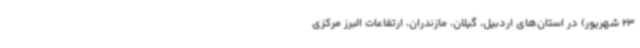
23 شهریور) در استان‌های اردبیل، گیلان، مازندران، ارتفاعات البرز مرکزی